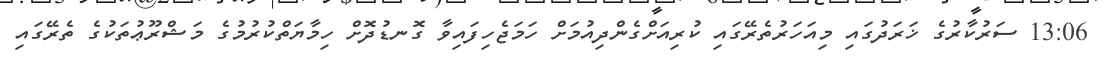
13:06 ސަރުކާރުގެ ޚަރަދުގައި މިއަހަރުތެރޭގައި ކުރިއަށްގެންދިއުމަށް ހަމަޖެހިފައިވާ ގޮނޑުދޮށް ހިމާޔަތްކުރުމުގެ މަޝްރޫޢުތަކުގެ ތެރޭގައި